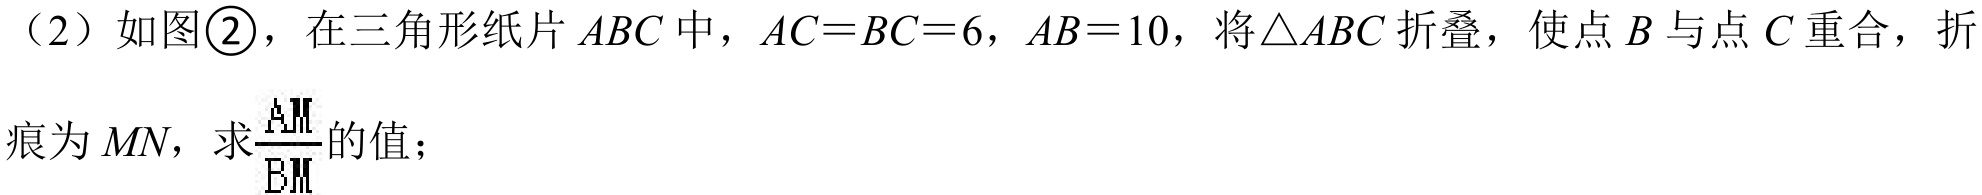
（2）如图\textcircled{2}，在三角形纸片 \(ABC\) 中，\(AC = BC = 6\)，\(AB = 10\)，将\(\triangle ABC\) 折叠，使点 \(B\) 与点 \(C\) 重合，折痕为 \(MN\)，求\(\frac{AM}{BM}\)的值；